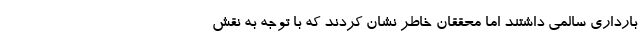
بارداری سالمی داشتند اما محققان خاطر نشان کردند که با توجه به نقش